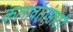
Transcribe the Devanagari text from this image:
कलावंतांसाठी